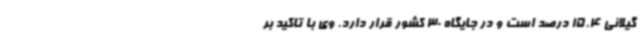
گیلانی 15.4 درصد است و در جایگاه 30 کشور قرار دارد. وی با تاکید بر